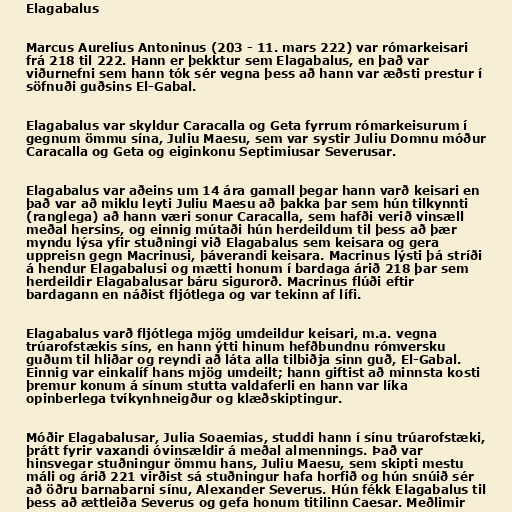
Elagabalus

Marcus Aurelius Antoninus (203 - 11. mars 222) var rómarkeisari
frá 218 til 222. Hann er þekktur sem Elagabalus, en það var
viðurnefni sem hann tók sér vegna þess að hann var æðsti prestur í
söfnuði guðsins El-Gabal.

Elagabalus var skyldur Caracalla og Geta fyrrum rómarkeisurum í
gegnum ömmu sína, Juliu Maesu, sem var systir Juliu Domnu móður
Caracalla og Geta og eiginkonu Septimiusar Severusar.

Elagabalus var aðeins um 14 ára gamall þegar hann varð keisari en
það var að miklu leyti Juliu Maesu að þakka þar sem hún tilkynnti
(ranglega) að hann væri sonur Caracalla, sem hafði verið vinsæll
meðal hersins, og einnig mútaði hún herdeildum til þess að þær
myndu lýsa yfir stuðningi við Elagabalus sem keisara og gera
uppreisn gegn Macrinusi, þáverandi keisara. Macrinus lýsti þá stríði
á hendur Elagabalusi og mætti honum í bardaga árið 218 þar sem
herdeildir Elagabalusar báru sigurorð. Macrinus flúði eftir
bardagann en náðist fljótlega og var tekinn af lífi.

Elagabalus varð fljótlega mjög umdeildur keisari, m.a. vegna
trúarofstækis síns, en hann ýtti hinum hefðbundnu rómversku
guðum til hliðar og reyndi að láta alla tilbiðja sinn guð, El-Gabal.
Einnig var einkalíf hans mjög umdeilt; hann giftist að minnsta kosti
þremur konum á sínum stutta valdaferli en hann var líka
opinberlega tvíkynhneigður og klæðskiptingur.

Móðir Elagabalusar, Julia Soaemias, studdi hann í sínu trúarofstæki,
þrátt fyrir vaxandi óvinsældir á meðal almennings. Það var
hinsvegar stuðningur ömmu hans, Juliu Maesu, sem skipti mestu
máli og árið 221 virðist sá stuðningur hafa horfið og hún snúið sér
að öðru barnabarni sínu, Alexander Severus. Hún fékk Elagabalus til
þess að ættleiða Severus og gefa honum titilinn Caesar. Meðlimir